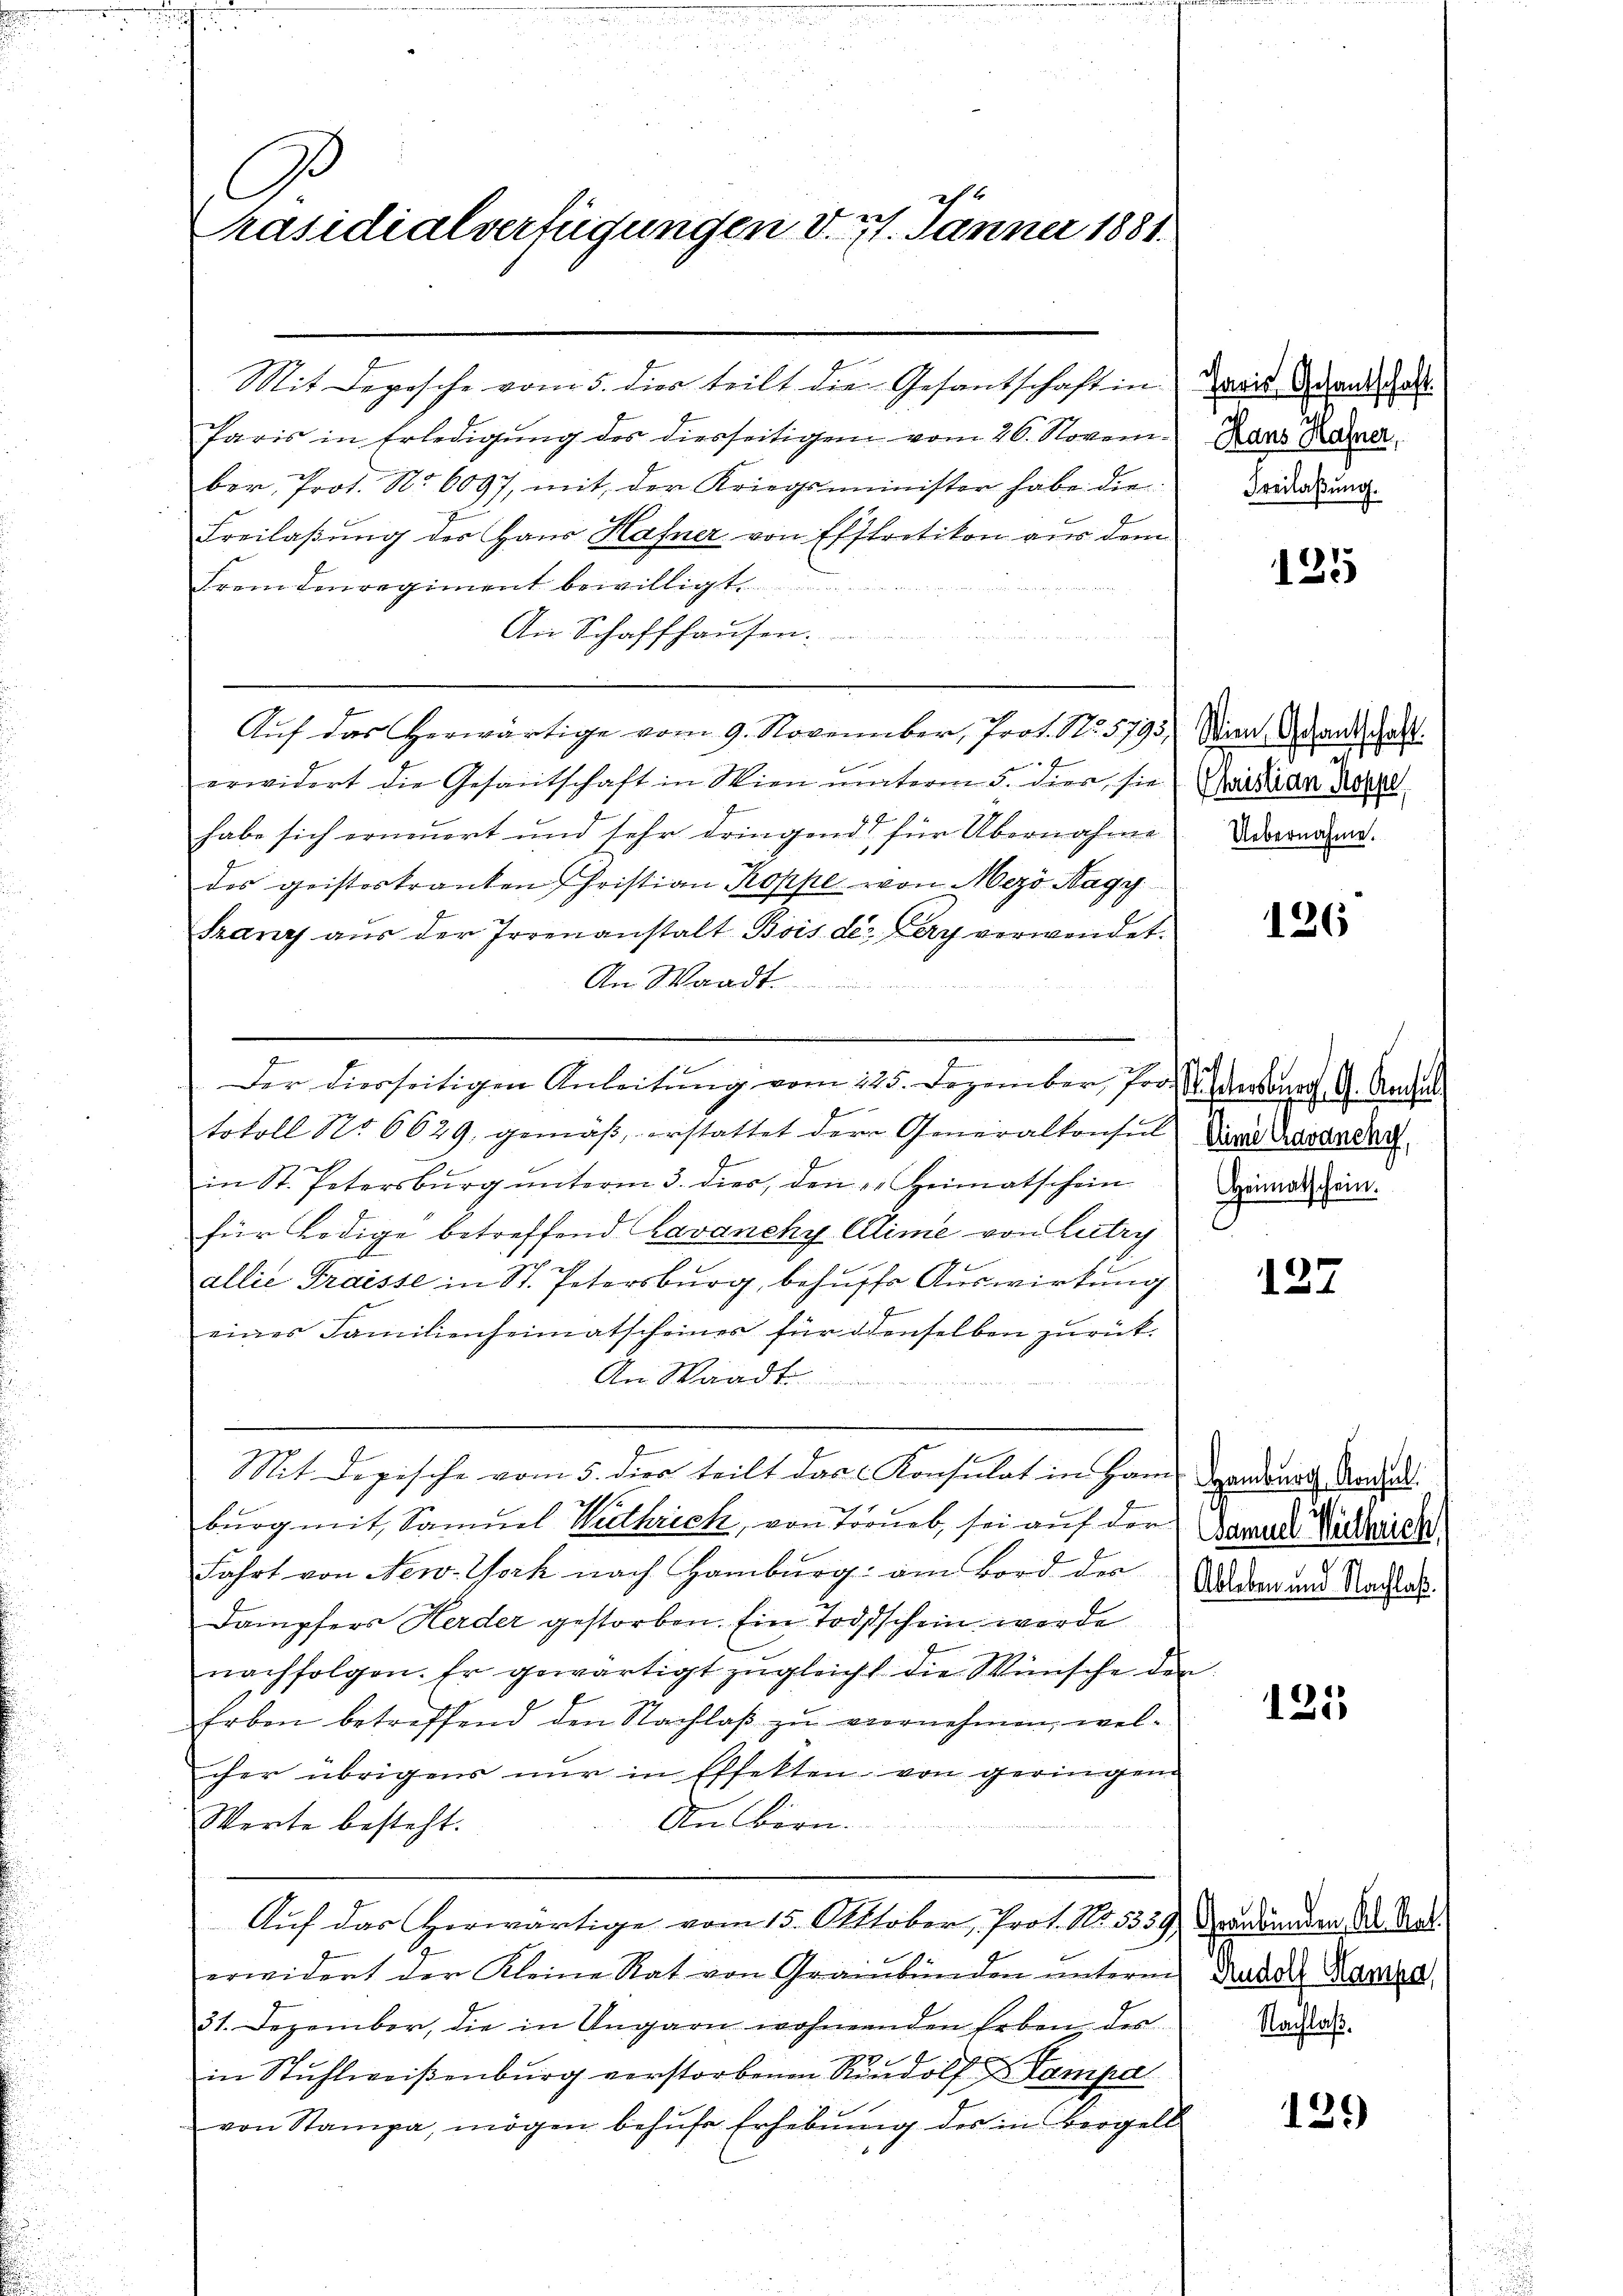
C
ch
räsidialverfügungen d. 27. Jänner 1881.

Mit Depesche vom 5. dies teilt die Gesantschaft in
Paris in Erledigung des diesseitigen vom 26. Novem Rans Ramer,
ber, Prot. No 6097, mit der Kriegsminister habe die
Freilaßung des Haus Hafner von Effretikon aus dem
Fremdenregiment bewilligt.

An Schaffhausen.
n
Auf das herwärtige vom 9. November, Prot. N. 5795, Wien Gesandtschaft.
erwidert die Gesantschaft in Wien unterm 5. dies, sie
habe sich erneuert und sehr dringend für Übernahme Unvernahme.
des geistertranten Christian Koppe von Mezö Nagy
Franz aus der Irrenanstalt Bois der Lery verwendet.
An Waadt.
e
Der hierseitigen Anleitŭng vom 225. Dezember, Pro.   Versona. A. Ansi
tokoll No 6629, gemäß, erstattet der Generalkonsul in Gasardan
in St. Petersbŭrg ŭnterm 3. dies, den Heimatschein
für Ledige betreffend Lavanchy Alime von Lutry
allie Fraisse in St. Petersburg, behŭfs Auswirkung
eines Familienheimatscheines für denselben zurück.
An Waadt
Mit Depische vom 5. dies teilt das Konsulat in Ham Sanderath Nadel.
burg mit Samuel Werthrich, von Tornel, sei auf der Darand Sicherich
Fahrt von New-York nach Hamburg am Bord der
Dampfers Herder gestorben. Ein Todesschein werde
nachfolgen. Er gewärtigt zŭgleicht die Wünsche de
Erben betreffend den Nachlaß zu vernehmen, welcher übrigens nŭr in Effekten von geringen
An Bern.
Werte besteht.
Auf das Horwärtige vom 15. Ottober, Prof. No. 5339, Aarbunden der Sat
erwidert der Kleine Rat von Graubünden ŭnterm Kadde Mannes
31. Dezember, die in Ungarn wohnernden Erben der
in Stuhlweiβenbŭrg verstorbenen Rudolf Tampa
von Stampa, mögen behŭfe Erhebŭng des in Bergell

f

e
Christian Koppe

Heimatschein.

Ableben und Nachlaß.

Jaris Gesantschaft.
2
Freilassung.

125

126

127

1253

Nachlaß.

129